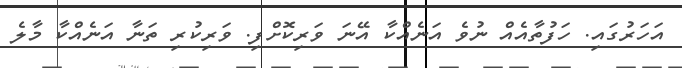
އަހަރުގައި. ހަފުތާއެއް ނުވެ އަނެއްކާ އޭނަ ވަރިކޮށްފި. ވަރިކުރި ތަނާ އަނެއްކާ މާލެ